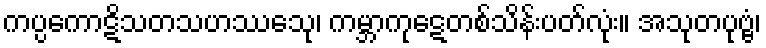
ကပ္ပကောဋိသတသဟဿေသု၊ ကမ္ဘာကုဋေတစ်သိန်းပတ်လုံး။ အသုတပုဗ္ဗံ၊